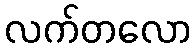
လက်တလော